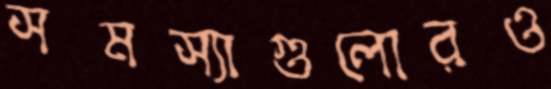
সমস্যাগুলোরও